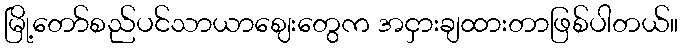
မြို့တော်စည်ပင်သာယာဈေးတွေက အငှားချထားတာဖြစ်ပါတယ်။